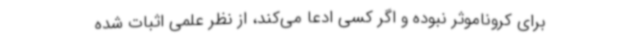
برای کروناموثر نبوده و اگر کسی ادعا می‌کند، از نظر علمی اثبات شده